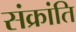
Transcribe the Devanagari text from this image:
संक्रांति